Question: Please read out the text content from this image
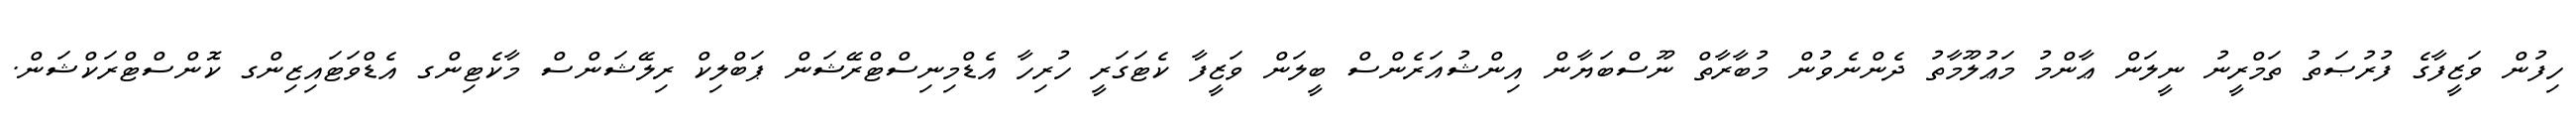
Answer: ހިފުން ވަޒީފާގެ ފުރުޞަތު ތަމްރީނު ނީލަން ޢާންމު މަޢުލޫމާތު ދެންނެވުން މުބާރާތް ނޫސްބަޔާން އިންޝުއަރެންސް ބީލަން ވަޒީފާ ކެޓަގަރީ ހުރިހާ އެޑްމިނިސްޓްރޭޝަން ޕަބްލިކް ރިލޭޝަންސް މާކެޓިންގ އެޑްވަޓައިޒިންގ ކޮންސްޓްރަކްޝަން.